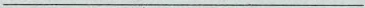
___